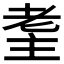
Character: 𦒼